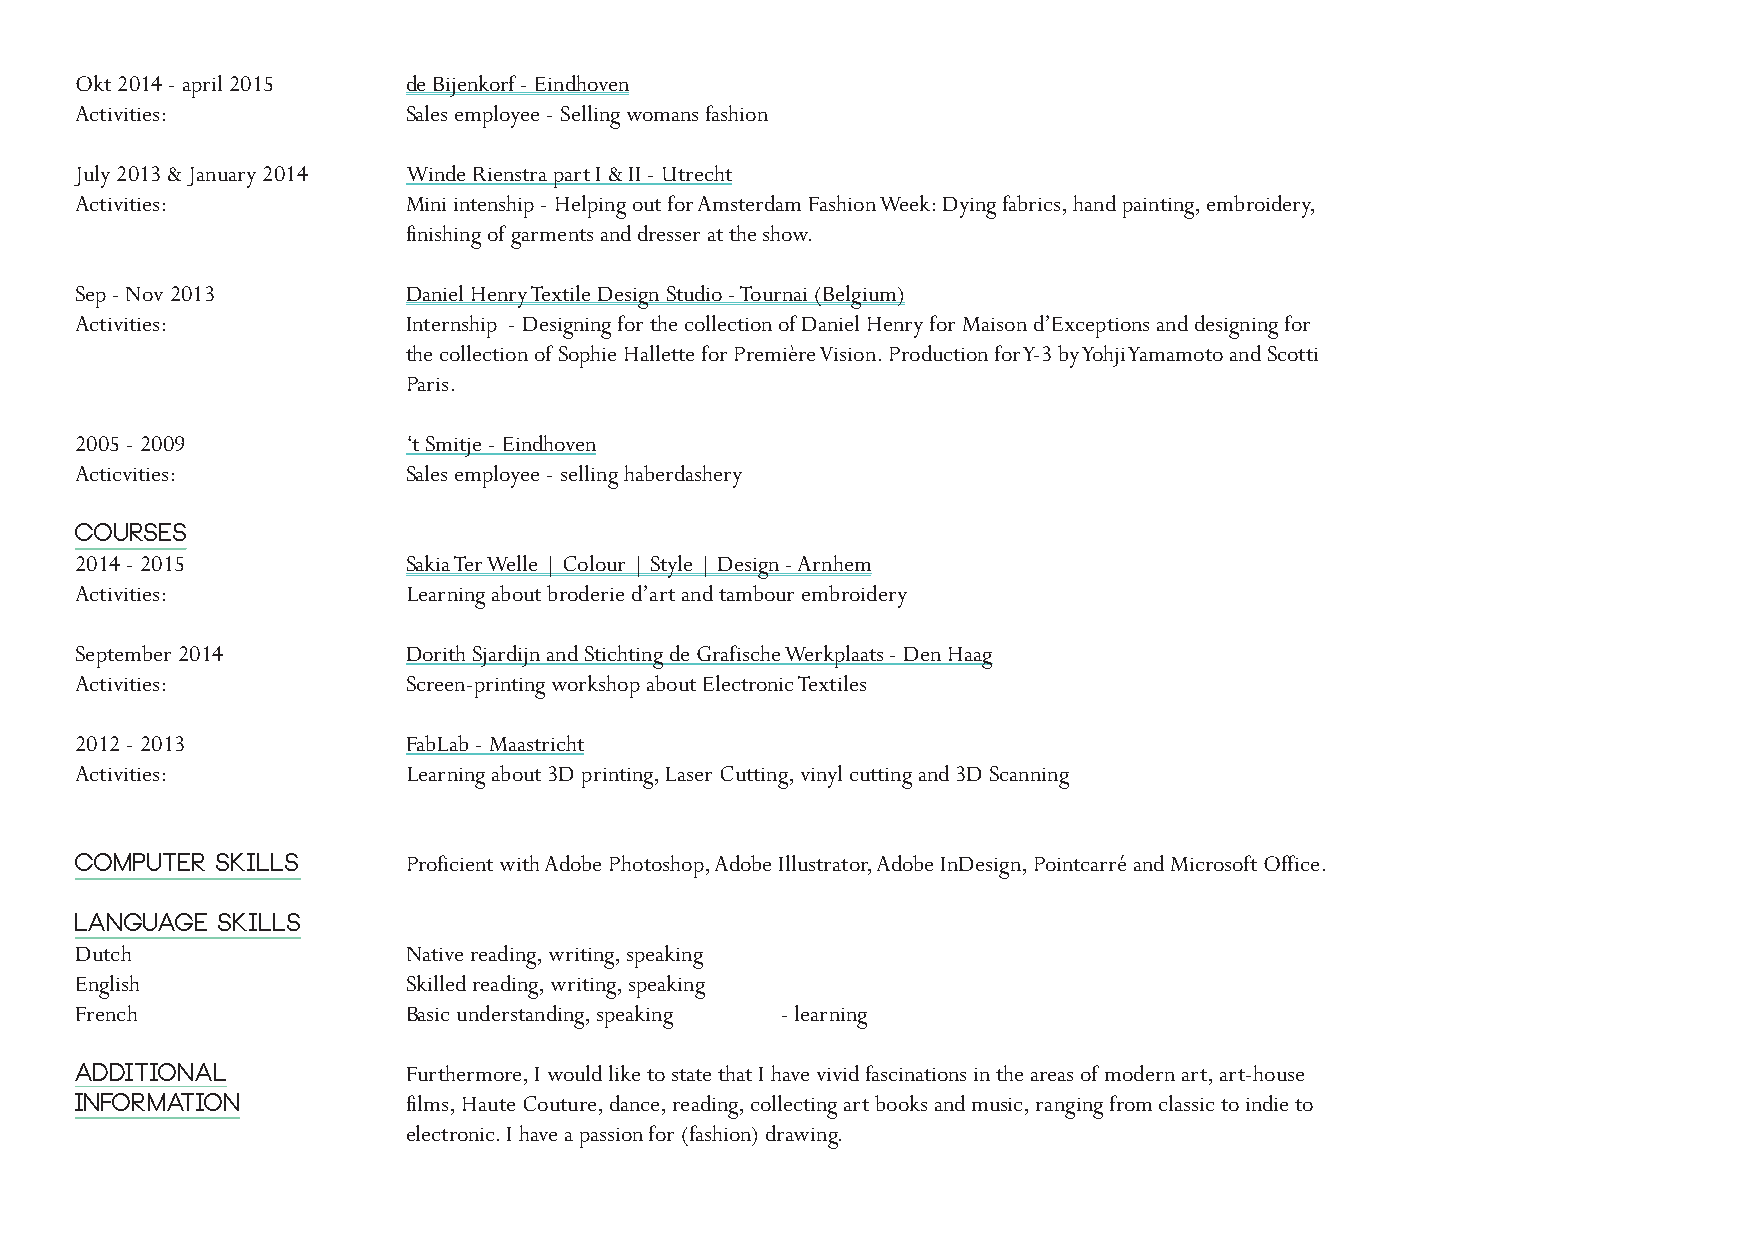
Okt 2014 - april 2015 de Bijenkorf - Eindhoven
 Activities:           Sales employee - Selling womans fashion
 July 2013 & January 2014 Winde Rienstra part I & II - Utrecht
 Activities:           Mini intenship - Helping out for Amsterdam Fashion Week: Dying fabrics, hand painting, embroidery,
 finishing of garments and dresser at the show.
 Sep - Nov 2013        Daniel Henry Textile Design Studio - Tournai (Belgium)
 Activities:           Internship - Designing for the collection of Daniel Henry for Maison d’Exceptions and designing for
 the collection of Sophie Hallette for Première Vision. Production for Y-3 by Yohji Yamamoto and Scotti
 Paris.
 2005 - 2009           ‘t Smitje - Eindhoven
 Acticvities:          Sales employee - selling haberdashery
 Courses
 2014 - 2015           Sakia Ter Welle | Colour | Style | Design - Arnhem
 Activities:           Learning about broderie d’art and tambour embroidery
 September 2014        Dorith Sjardijn and Stichting de Grafische Werkplaats - Den Haag
 Activities:           Screen-printing workshop about Electronic Textiles
 2012 - 2013           FabLab - Maastricht
 Activities:           Learning about 3D printing, Laser Cutting, vinyl cutting and 3D Scanning
 Computer skills       Proficient with Adobe Photoshop, Adobe Illustrator, Adobe InDesign, Pointcarré and Microsoft Office.
 Language skills
 Dutch                 Native reading, writing, speaking
 English               Skilled reading, writing, speaking
 French                Basic understanding, speaking - learning
 Additional            Furthermore, I would like to state that I have vivid fascinations in the areas of modern art, art-house
 information           films, Haute Couture, dance, reading, collecting art books and music, ranging from classic to indie to
 electronic. I have a passion for (fashion) drawing.